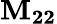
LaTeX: \mathbf{M_{22}}